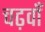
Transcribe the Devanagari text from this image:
चढ़वाँ